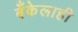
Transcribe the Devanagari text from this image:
बँकेलाही